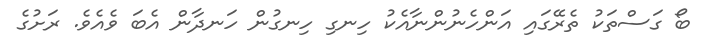
ބޯ ގަސްތަކު ތެރޭގައި އަންހެނުންނާއެކު ހިނގި ހިނގުން ހަނދާން އެބަ ވެއެވެ. ރަށުގެ